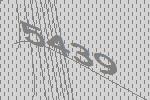
5439